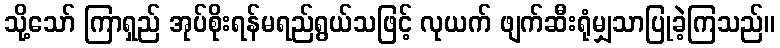
သို့သော် ကြာရှည် အုပ်စိုးရန်မရည်ရွယ်သဖြင့် လုယက် ဖျက်ဆီးရုံမျှသာပြုခဲ့ကြသည်။